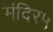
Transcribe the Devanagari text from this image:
मंदिर५